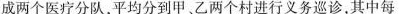
成两个医疗分队，平均分到甲，乙两个村进行义务巡诊，其中每